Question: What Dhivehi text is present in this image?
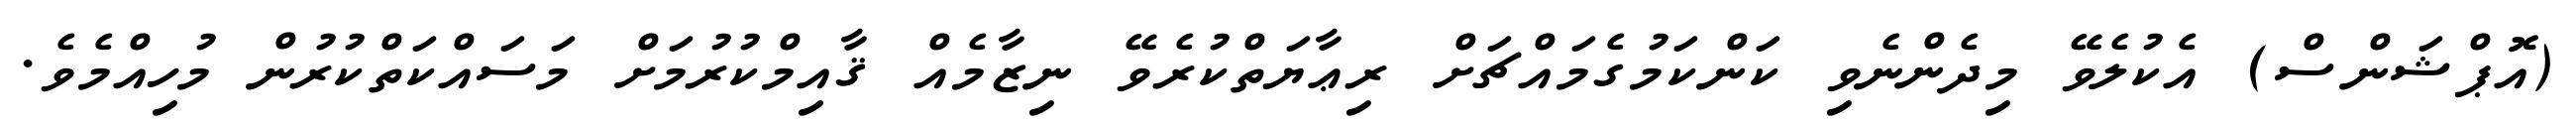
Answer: (އޮޕްޝަންސް) އެކުލެވޭ މިދެންނެވި ކަންކަމުގެމައްޗަށް ރިޢާޔަތްކުރެވޭ ނިޒާމެއް ޤާއިމްކުރުމަށް މަސައްކަތްކުރުން މުހިއްމެވެ.